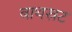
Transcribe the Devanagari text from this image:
बाथस्रट